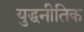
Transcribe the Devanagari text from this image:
युद्धनीतिक